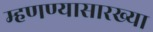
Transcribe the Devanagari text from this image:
म्हणण्यासारख्या